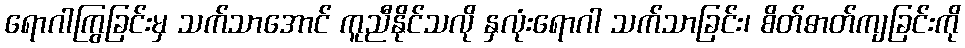
ရောဂါကြွခြင်းမှ သက်သာအောင် ကူညီနိုင်သလို နှလုံးရောဂါ သက်သာခြင်း၊ စိတ်ဓာတ်ကျခြင်းကို